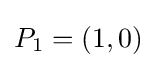
P_{1}=(1,0)